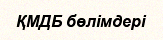
ҚМДБ бөлімдері